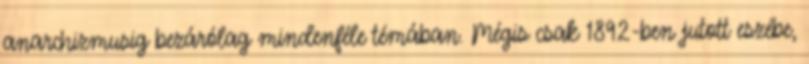
anarchizmusig bezárólag mindenféle témában. Mégis csak 1892-ben jutott eszébe,